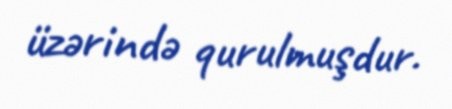
üzərində qurulmuşdur.